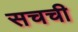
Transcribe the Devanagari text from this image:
सचची